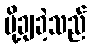
ပို့ချခဲ့သည်